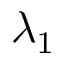
\lambda _ { 1 }